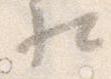
相